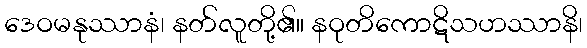
ဒေဝမနုဿာနံ၊ နတ်လူတို့၏။ နဝုတိကောဋိသဟဿာနိ၊